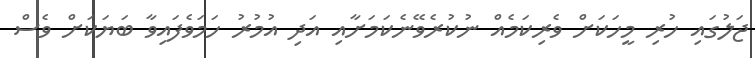
ޖަލުގައި ހުރި މީހަކަށް ވެރިކަމެއް ނުކުރެވޭނެކަމަށާއި އަދި އުމުރު ހަމަވެފައިވާ ބަޔަކަށް ވެސް